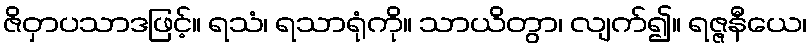
ဇိဝှာပသာဒဖြင့်။ ရသံ၊ ရသာရုံကို။ သာယိတွာ၊ လျက်၍။ ရဇ္ဇနီယေ၊